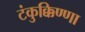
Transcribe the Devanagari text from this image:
टंकुक्किण्णा